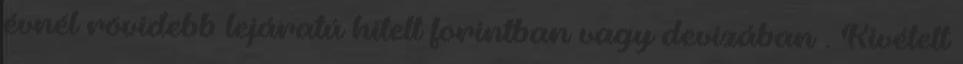
évnél rövidebb lejáratú hitelt forintban vagy devizában . Kivételt